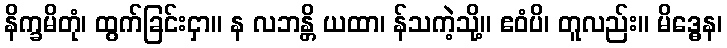
နိက္ခမိတုံ၊ ထွက်ခြင်းငှာ။ န လဘန္တိ ယထာ၊ န်သကဲ့သို့။ ဧဝံပိ၊ တူလည်း။ မိဒ္ဓေန၊